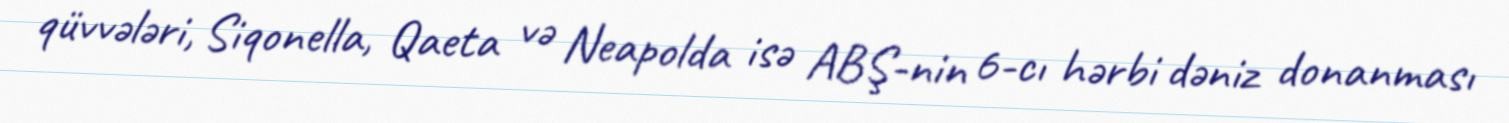
qüvvələri, Siqonella, Qaeta və Neapolda isə ABŞ-nin 6-cı hərbi dəniz donanması